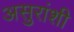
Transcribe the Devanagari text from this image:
असुरांशी